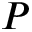
P